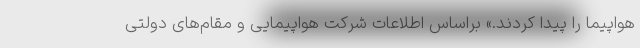
هواپیما را پیدا کردند.» براساس اطلاعات شرکت هواپیمایی و مقام‌های دولتی